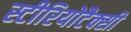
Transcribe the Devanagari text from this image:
स्टीरियोटैक्सी